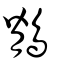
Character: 鶺